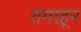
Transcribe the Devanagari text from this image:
तगरहून